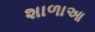
શાળાઆ